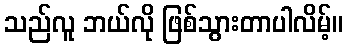
သည်လူ ဘယ်လို ဖြစ်သွားတာပါလိမ့်။